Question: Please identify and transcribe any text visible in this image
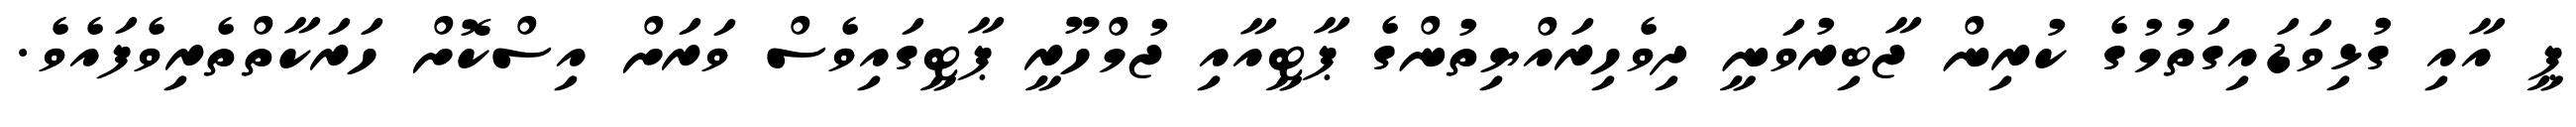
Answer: ޕީ އާއި ގުޅިވަޑައިގަތުމުގެ ކުރިން ޖާބިރުވަނީ ދިވެހިރައްޔިތުންގެ ޕާޓީއާއި ޖުމްހޫރީ ޕާޓީގައިވެސް ވަރަށް އިސްކޮށް ހަރަކާތްތެރިވެފައެވެ.